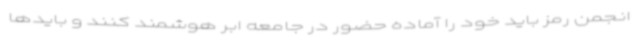
انجمن رمز باید خود را آماده حضور در جامعه ابر هوشمند کنند و بایدها